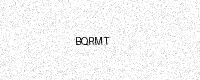
Text: BQRMT